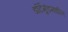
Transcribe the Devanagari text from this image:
डॉर्टमुंडमधील